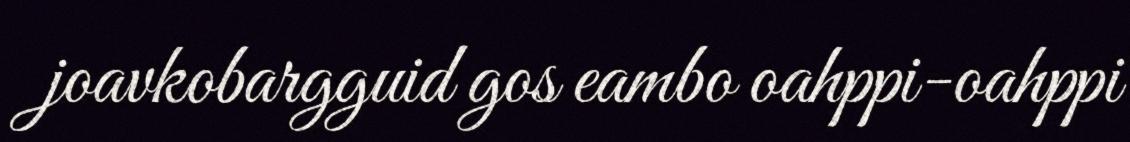
joavkobargguid gos eambo oahppi-oahppi